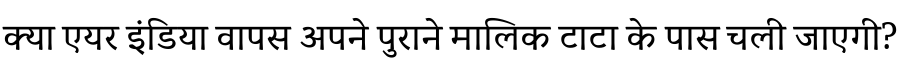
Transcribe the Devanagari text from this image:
क्या एयर इंडिया वापस अपने पुराने मालिक टाटा के पास चली जाएगी?